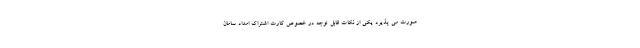
صورت می پذیرد یکی از نکات قابل توجه در خصوص کارت اشتراک امداد سامان